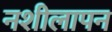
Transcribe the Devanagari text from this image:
नशीलापन